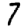
Digit: 7